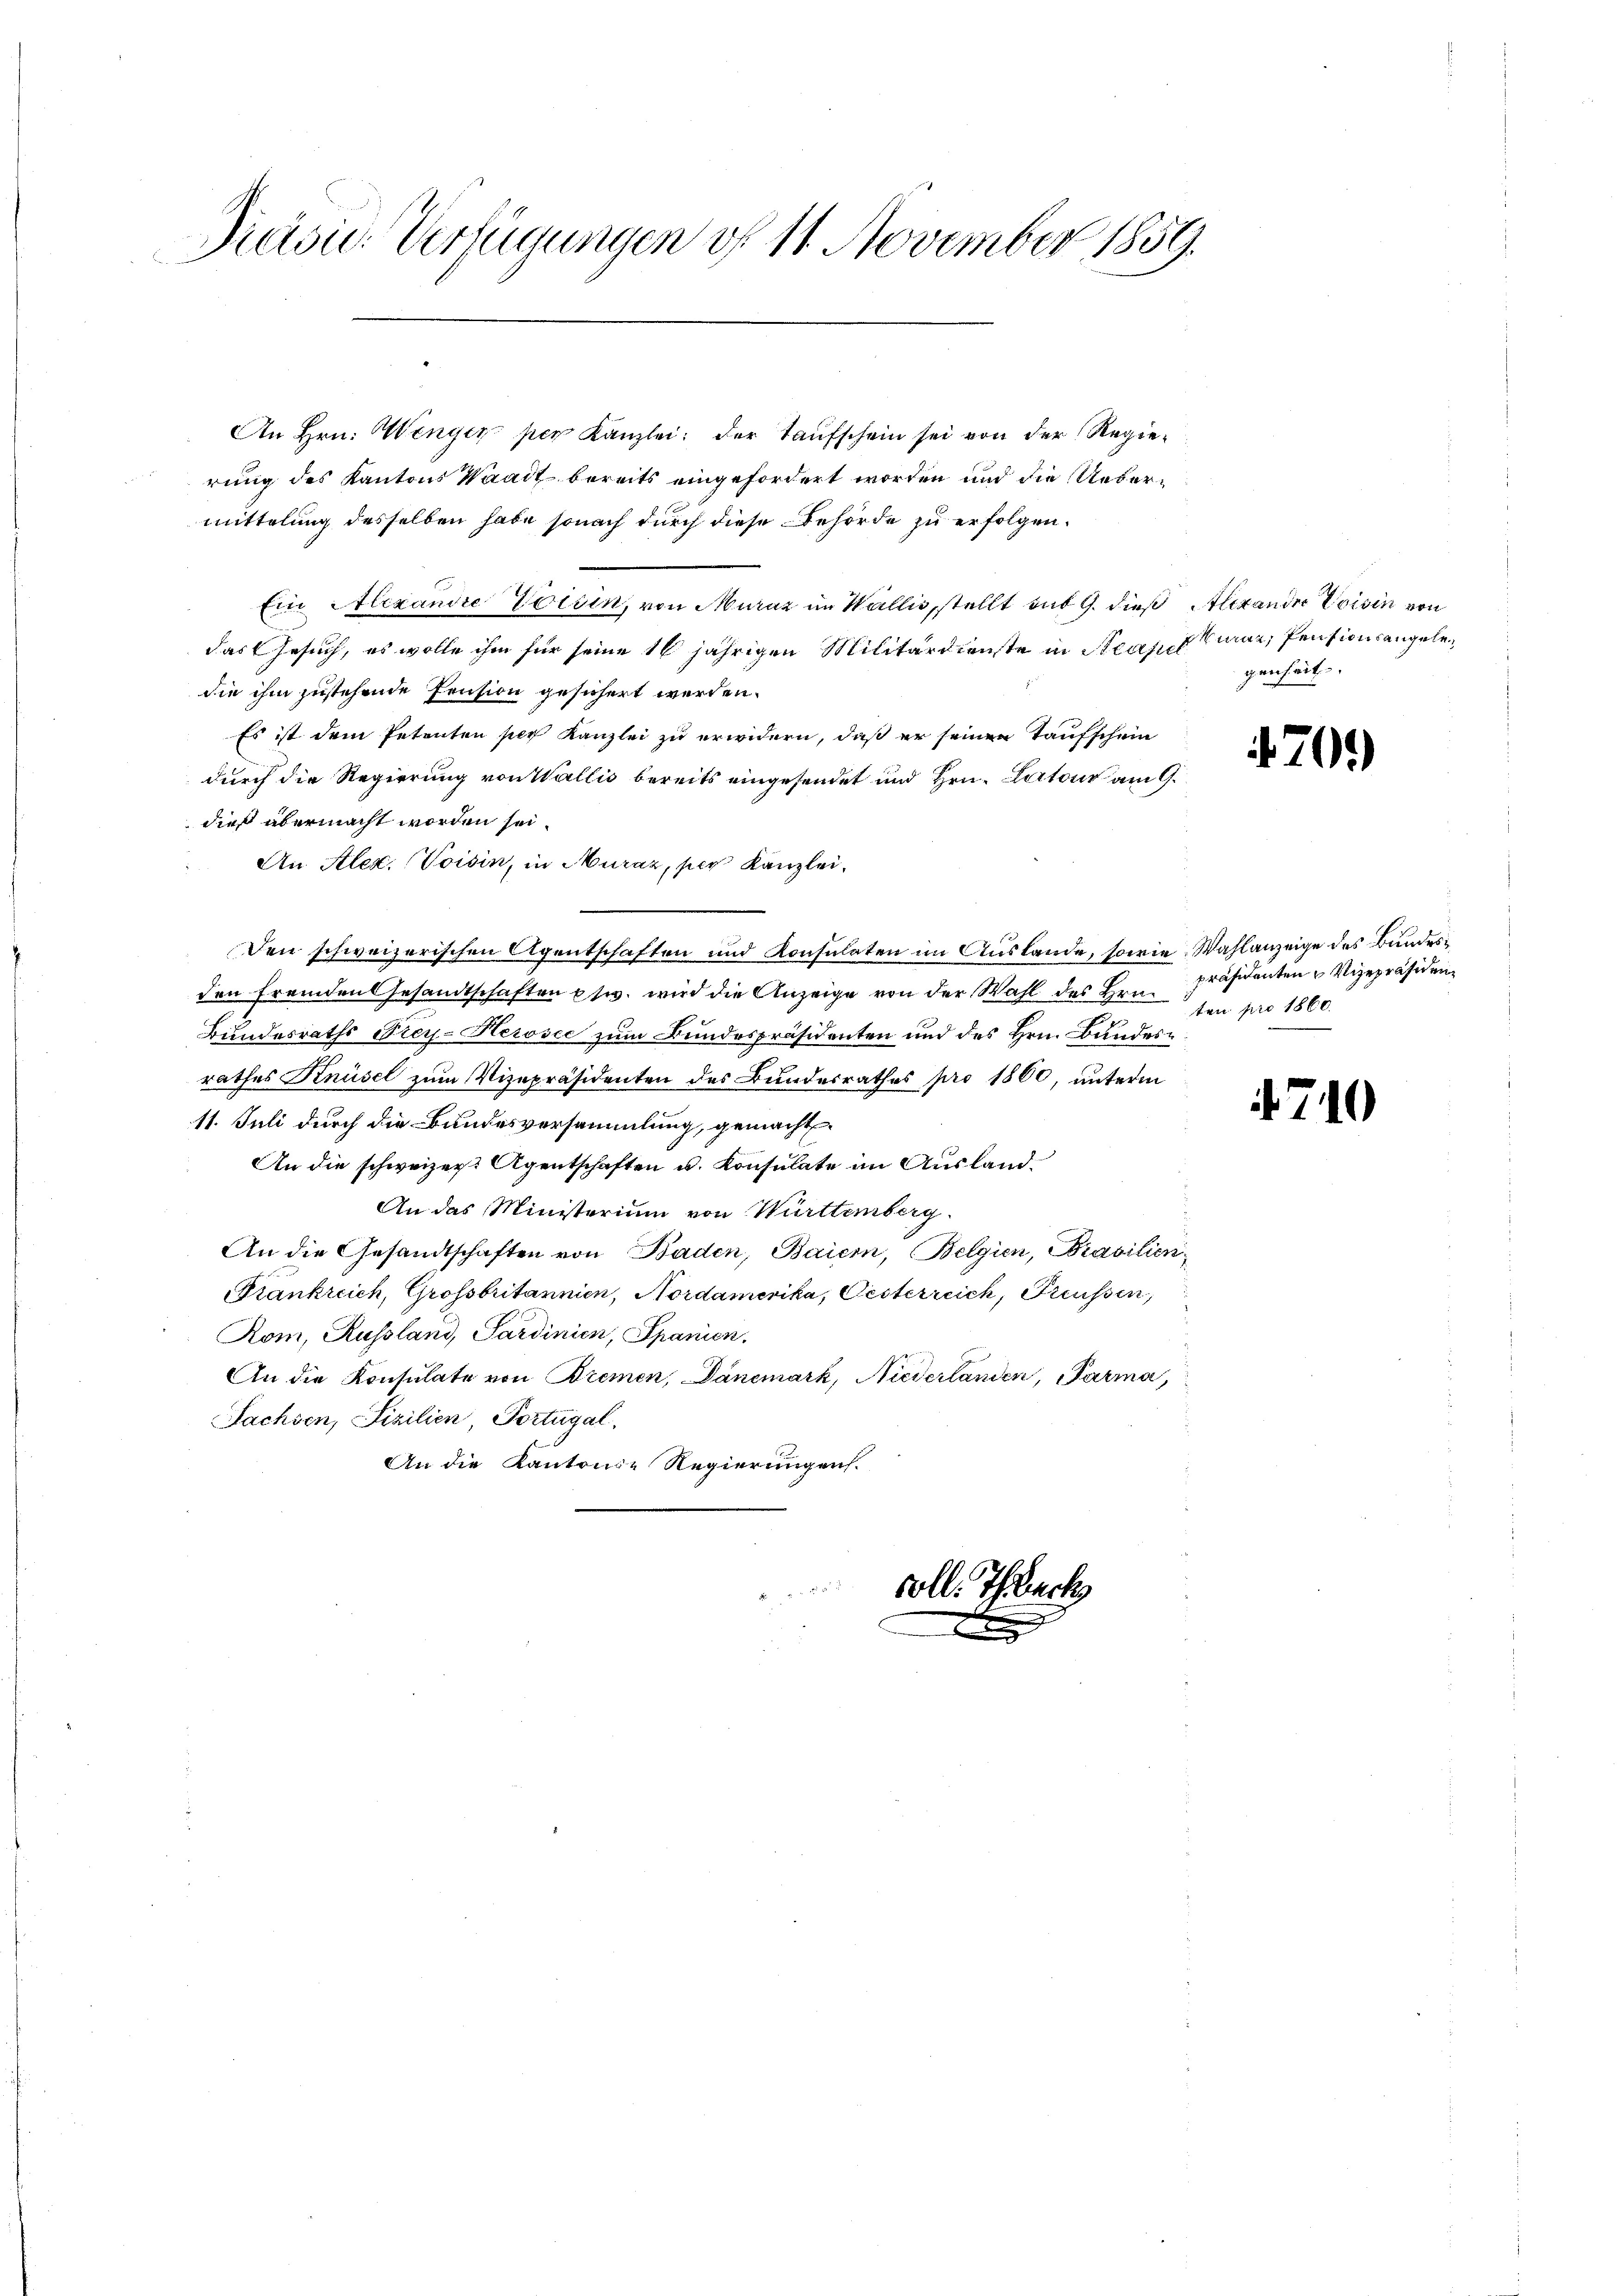
Præsid. Verfügungen vf 11 November 1859.

An Hrn. Wenger per Kanzlei: der Taufschein sei von der Regierung des Kantons Waadt bereits eingefordert worden und die Uebermittelung desselben habe sonach durch diese Behörde zu erfolgen.
Ein Alexandre Vorsin, von Muraz im Wallis stellt mit 9. dieß Alexander Voisin von
das Gesuch, es wolle ihm für seine 16 jährigen Militärdienste in Strassen war, Pensionsangeledie ihm zustehende Pension gesichert werden.
Es ist dem Petenten per Kanzlei zu erwidern, daß er seinen Taufschein
durch die Regierung von Wallis bereits eingesendet und Hrn. Lutono am 9.
dieß übermacht worden sei.
An Alex. Voisin, in Muraz, per Kanzlei.
Den schweizerischen Agentschaften und Konsulaten im Auslande, sowie Wahlanzeige des Bundesden fremden Gesandtschaften ptw. wird die Anzeige von der Wahl des Hrn.
Bundesraths Frey-Herosec zum Bundespräsidenten und des Hrn. Bundesrathes Knüsel zum Vizepräsidenten des Bundesrathes pro 1860, unterm
11. Juli durch die Bundesversammlung, gemacht
An die schweizer: Agentschaften u. Konsulate im Ausland¬
An das Ministerium von Württemberg.
An die Gesandtschaften von Baden, Baiern, Belgien, Brasilien,
Frankreich, Grossbritannien, Nordamerika, Oesterreich, Preussen,
Rom, Russland, Sardinien, Spanien.
An die Konsulate von Bremen, Dänemark, Niederlanden, Parma,
Sachsen, Fizilien, Portugal
An die Kantonie Regierungen.

soll.

der

genheit

70.)

präsidenten Vizepräsidenten pro 1860.

710